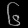
Digit: ၆